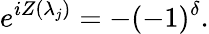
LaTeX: e^{iZ(\lambda_{j})}=-(-1)^{\delta}.